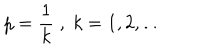
\displaystyle p = \frac { 1 } { k } \; , \; k = 1 , 2 , \ldots